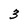
Character: 3